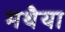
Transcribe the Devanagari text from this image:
मथैया